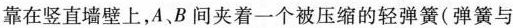
靠在竖直墙壁上，A、B 间夹着一个被压缩的轻弹簧(弹簧与